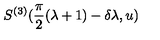
S ^ { ( 3 ) } ( \frac { \pi } { 2 } ( \lambda + 1 ) - \delta \lambda , u )